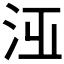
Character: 𣳋